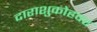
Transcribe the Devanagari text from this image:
दाराशुकोहवर